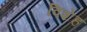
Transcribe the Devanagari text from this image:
विशेह